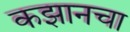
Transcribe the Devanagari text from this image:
कझानचा